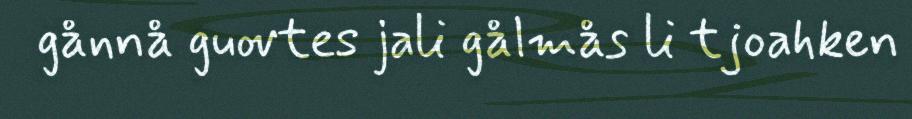
gånnå guovtes jali gålmås li tjoahken